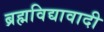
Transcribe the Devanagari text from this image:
ब्रह्मविद्यावादी